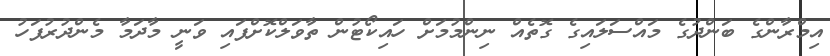
އިމްރާންގެ ބަންދުގެ މައްސަލައިގެ ގޮތެެއް ނިންމުމަށް ހައިކޯޓުން ތާވަލްކޮށްފައި ވަނީ މާދަމާ މެންދުރުފަހު